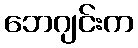
ဘေဂျင်းက